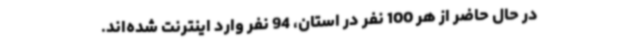
در حال حاضر از هر 100 نفر در استان، 94 نفر وارد اینترنت شده‌اند.